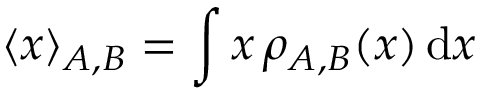
\langle { \boldsymbol { x } } \rangle _ { A , B } = \int { \boldsymbol { x } } \, \rho _ { A , B } ( { \boldsymbol { x } } ) \, \mathrm { d } { \boldsymbol { x } }